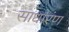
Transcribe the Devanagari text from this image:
साधारंण